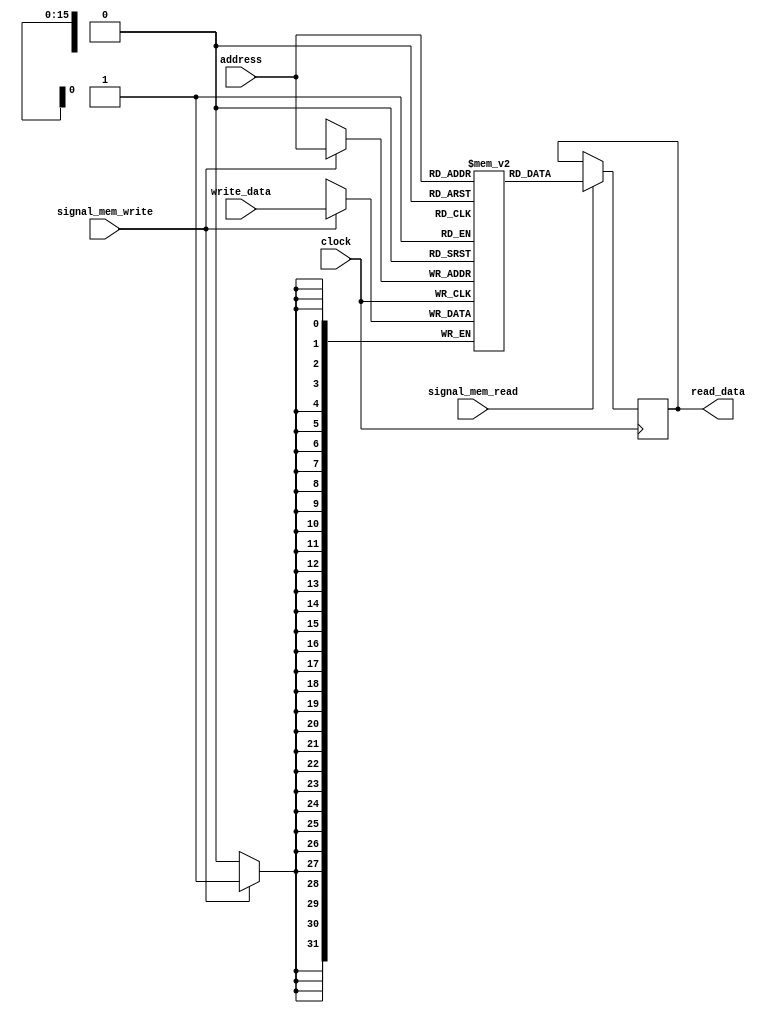
module mips_data_memory(read_data, address, write_data, signal_mem_write, signal_mem_read, clock);
input [15:0] address;
output reg [31:0] read_data;
input [31:0] write_data;
input signal_mem_write, signal_mem_read, clock;
reg [31:0] data [65535:0];  // 2^16-1


always @(posedge clock) begin
	if (signal_mem_write == 1'b1) begin
		data[address] = write_data;
	end
end

always @(negedge clock) begin
	if (signal_mem_read == 1'b1) begin
		read_data = data[address[15:0]];
	end
end


endmodule